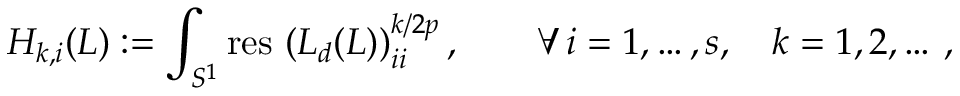
H _ { k , i } ( L ) : = \int _ { S ^ { 1 } } \mathrm { r e s \, } \left( L _ { d } ( L ) \right) _ { i i } ^ { k / { 2 p } } , \qquad \forall \, i = 1 , \ldots , s , \quad k = 1 , 2 , \dots \, ,